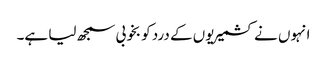
انہوں نے کشمیریوں کے درد کو بخوبی سمجھ لیا ہے۔